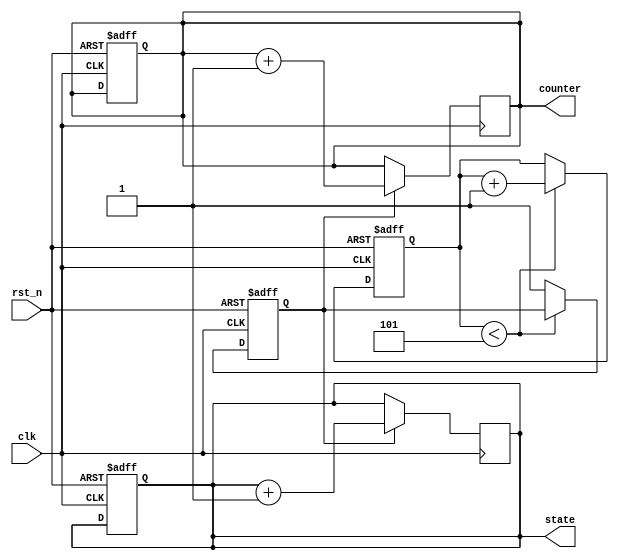
module reset_example (
    input wire clk,            // Clock input
    input wire rst_n,         // Active-low reset input
    output reg [7:0] counter, // 8-bit counter output
    output reg [3:0] state    // 4-bit state output
);

    // Debouncing parameters
    parameter DEBOUNCE_TIME = 5; // Adjust according to your needs
    reg [3:0] debounce_counter;    // Counter for debouncing
    reg rst_debounced;             // Debounced reset signal

    // Asynchronous reset logic (with debouncing)
    always @(posedge clk or negedge rst_n) begin
        if (!rst_n) begin
            // Reset condition
            counter <= 8'b0;        // Reset counter to 0
            state <= 4'b0000;       // Reset state to initial state
            debounce_counter <= 0;   // Reset debounce counter
            rst_debounced <= 1'b0;   // Set debounced reset to low
        end else begin
            // Debouncing logic
            if (debounce_counter < DEBOUNCE_TIME) begin
                debounce_counter <= debounce_counter + 1;
            end else begin
                rst_debounced <= 1'b1; // Reset is stable
            end
        end
    end

    // Synchronous reset logic
    always @(posedge clk) begin
        if (rst_debounced) begin
            // Normal operation: increment counter and change state
            counter <= counter + 1;
            state <= state + 1; // Simple state transition
        end
    end

endmodule